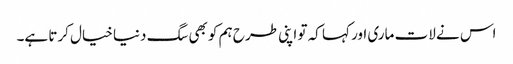
اس نے لات ماری اور کہا کہ تو اپنی طرح ہم کو بھی سگ دنیا خیال کرتا ہے۔